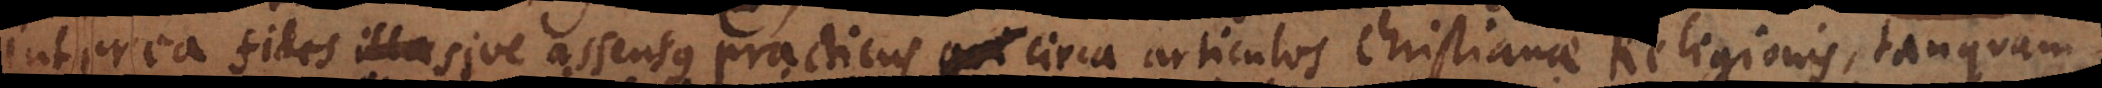
Interea fides illa sive assensus practicus circa articulos Christianae Religionis, tanquam